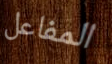
المفاعل